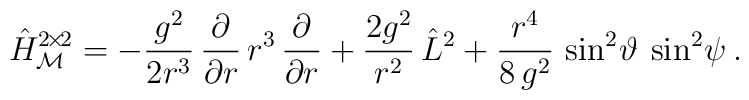
\hat H^{2\! \times \! 2}_{\mathcal M} =   - \frac{g^2}{2 r^3} \, \frac{\partial}{\partial r} \,          r^3  \,   \frac{\partial}{\partial r}    + \frac{2g^2}{r^2} \, \hat L^2  + \frac{r^4}{8\,g^2} \,\sin^2\!\vartheta\:\sin^2\!\psi \:.